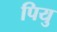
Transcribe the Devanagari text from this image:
पियु